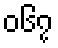
၀၆၇